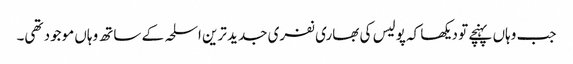
جب وہاں پہنچے تو دیکھا کہ پولیس کی بھاری نفری جدید ترین اسلحہ کے ساتھ وہاں موجود تھی۔